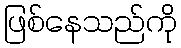
ဖြစ်နေသည်ကို